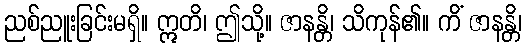
ညစ်ညူးခြင်းမရှိ။ ဣတိ၊ ဤသို့။ ဇာနန္တိ၊ သိကုန်၏။ ကိံ ဇာနန္တိ၊